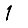
Digit: 1